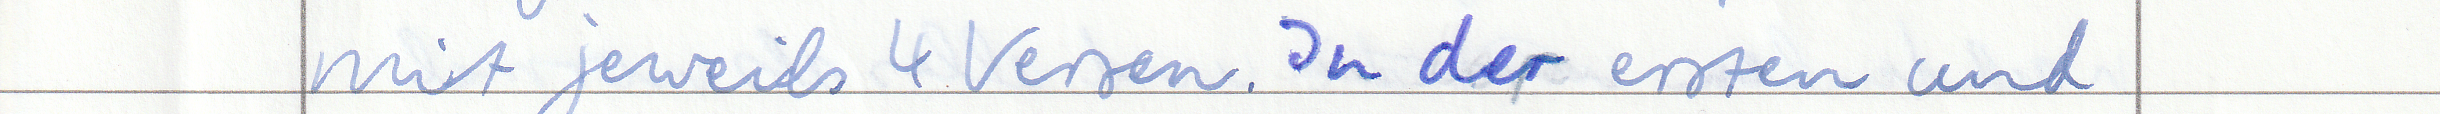
mit jeweils 4 Versen. In der ersten und